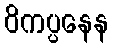
ဝိကပ္ပနေန